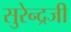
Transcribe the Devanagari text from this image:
सुरेन्द्रजी